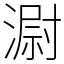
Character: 𣻷